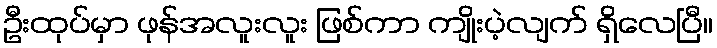
ဦးထုပ်မှာ ဖုန်အလူးလူး ဖြစ်ကာ ကျိုးပဲ့လျက် ရှိလေပြီ။